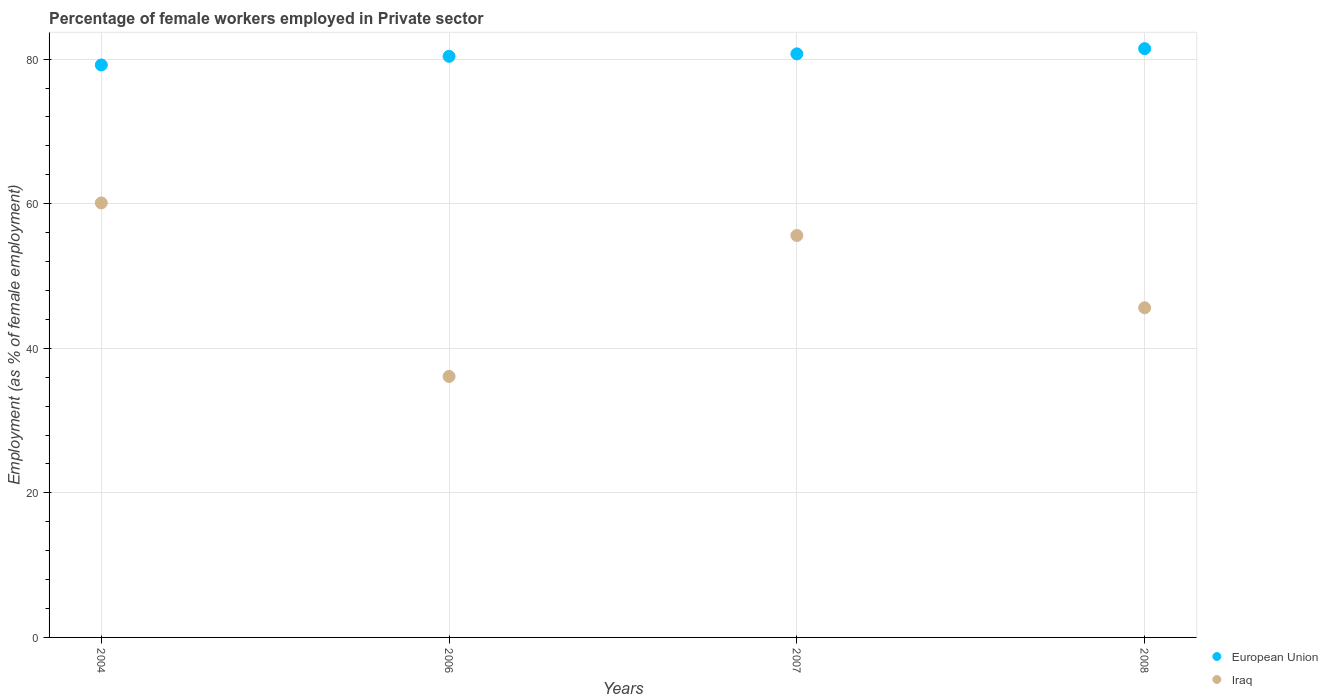
| Years | European Union | Iraq |
 | --- | --- | --- |
 | 2004 | 79.2 | 60.1 |
 | 2006 | 80.4 | 36.1 |
 | 2007 | 80.7 | 55.6 |
 | 2008 | 81.4 | 45.6 |